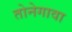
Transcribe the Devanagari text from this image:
तोनेगावा